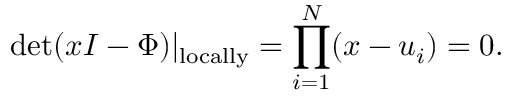
\operatorname * { d e t } ( x I - \Phi ) | _ { \mathrm { l o c a l l y } } = \prod _ { i = 1 } ^ { N } ( x - u _ { i } ) = 0 .